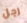
رجل